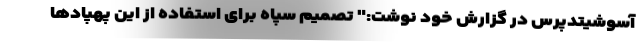
آسوشیتدپرس در گزارش خود نوشت:" تصمیم سپاه برای استفاده از این پهپادها